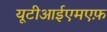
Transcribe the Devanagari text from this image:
यूटीआईएमएफ़